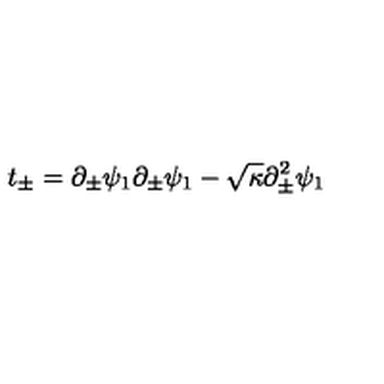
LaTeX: t _ { \pm } = \partial _ { \pm } \psi _ { 1 } \partial _ { \pm } \psi _ { 1 } - \sqrt { \kappa } \partial _ { \pm } ^ { 2 } \psi _ { 1 }